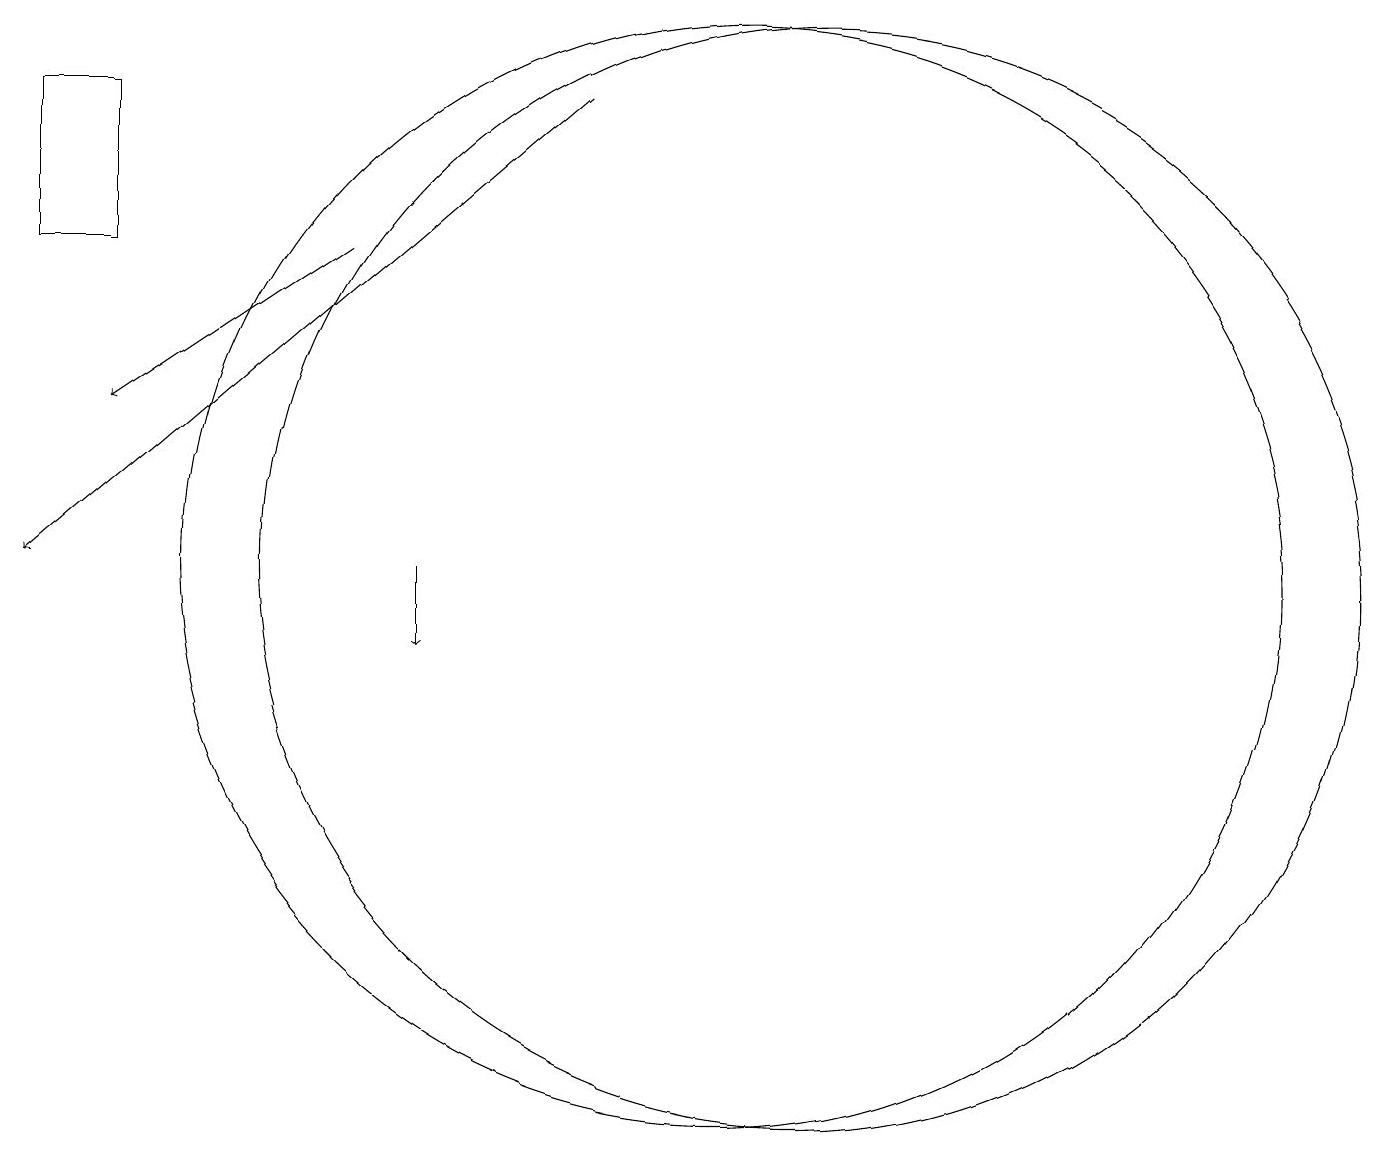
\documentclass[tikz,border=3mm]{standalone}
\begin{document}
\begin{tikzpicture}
\draw (2,15) rectangle (1,17);
\draw[->] (5,15) -- (2,13);
\draw[->] (8,17) -- (1,11);
\draw[->] (6,11) -- (6,10);
\draw (11,11) circle (7);
\draw (10,11) circle (7);
\draw (10,11) circle (0);
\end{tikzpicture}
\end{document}